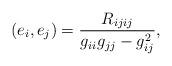
LaTeX: \begin{align*}(e_i, e_j) = \frac{R_{ijij}}{g_{ii}g_{jj} - g_{ij}^2},\end{align*}